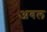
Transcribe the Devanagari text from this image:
अबल